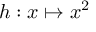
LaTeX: h : x \mapsto x ^ { 2 }